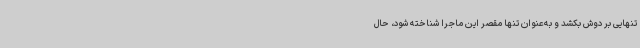
تنهایی بر دوش بکشد و به‌عنوان تنها مقصر این ماجرا شناخته شود، حال